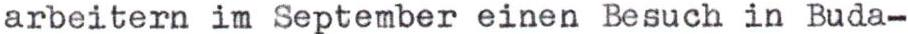
arbeitern im September einen Besuch in Buda-